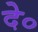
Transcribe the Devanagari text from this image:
दे०